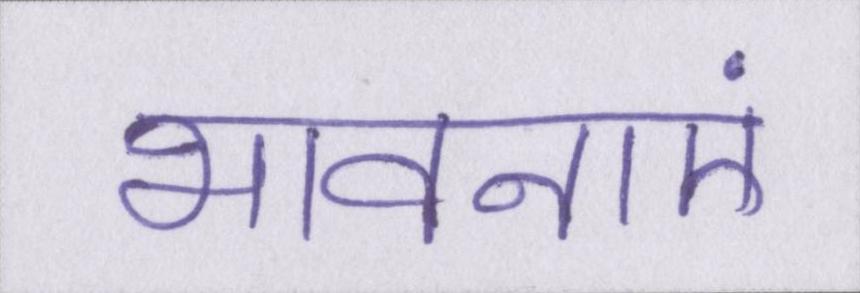
भावनाएं